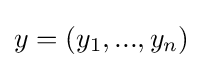
y=(y_{1},...,y_{n})